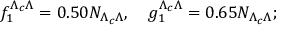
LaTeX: f _ { 1 } ^ { \Lambda _ { c } \Lambda } = 0 . 5 0 N _ { \Lambda _ { c } \Lambda } , ~ ~ ~ g _ { 1 } ^ { \Lambda _ { c } \Lambda } = 0 . 6 5 N _ { \Lambda _ { c } \Lambda } ;